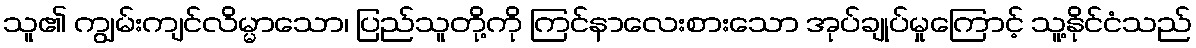
သူ၏ ကျွမ်းကျင်လိမ္မာသော၊ ပြည်သူတို့ကို ကြင်နာလေးစားသော အုပ်ချုပ်မှုကြောင့် သူ့နိုင်ငံသည်